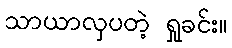
သာယာလှပတဲ့ ရှုခင်း။